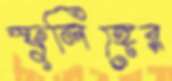
স্ফুলিঙ্গের